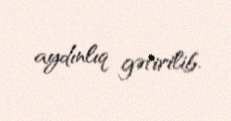
aydınlıq gətirilib.